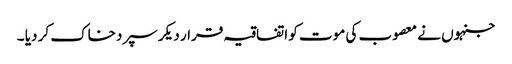
جنہوں نے معصوب کی موت کو اتفاقیہ قرار دیکر سپردخاک کر دیا ۔